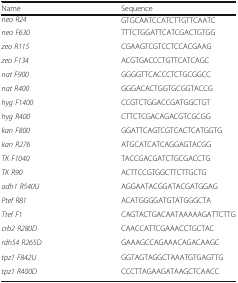
<table><thead><tr><td><b>Name</b></td><td><b>Sequence</b></td></tr></thead><tbody><tr><td><i>neo R24</i></td><td>GTGCAATCCATCTTGTTCAATC</td></tr><tr><td><i>neo F630</i></td><td>TTTCTGGATTCATCGACTGTGG</td></tr><tr><td><i>zeo R115</i></td><td>CGAAGTCGTCCTCCACGAAG</td></tr><tr><td><i>zeo F134</i></td><td>ACGTGACCCTGTTCATCAGC</td></tr><tr><td><i>nat F900</i></td><td>GGGGTTCACCCTCTGCGGCC</td></tr><tr><td><i>nat R400</i></td><td>GGGACACTGGTGCGGTACCG</td></tr><tr><td><i>hyg F1400</i></td><td>CCGTCTGGACCGATGGCTGT</td></tr><tr><td><i>hyg R400</i></td><td>CTTCTCGACAGACGTCGCGG</td></tr><tr><td><i>kan F800</i></td><td>GGATTCAGTCGTCACTCATGGTG</td></tr><tr><td><i>kan R276</i></td><td>ATGCATCATCAGGAGTACGG</td></tr><tr><td><i>TK F1040</i></td><td>TACCGACGATCTGCGACCTG</td></tr><tr><td><i>TK R90</i></td><td>ACTTCCGTGGCTTCTTGCTG</td></tr><tr><td><i>adh1 R540U</i></td><td>AGGAATACGGATACGATGGAG</td></tr><tr><td><i>Ptef R81</i></td><td>ACATGGGGATGTATGGGCTA</td></tr><tr><td><i>Ttef F1</i></td><td>CAGTACTGACAATAAAAAGATTCTTG</td></tr><tr><td><i>crb2 R280D</i></td><td>CAACCATTCGAAACCTGCTAC</td></tr><tr><td><i>rdh54 R265D</i></td><td>GAAAGCCAGAAACAGACAAGC</td></tr><tr><td><i>tpz1 F842U</i></td><td>GGTAGTAGGCTAAATGTGAGTTG</td></tr><tr><td><i>tpz1 R400D</i></td><td>CCCTTAGAAGATAAGCTCAACC</td></tr></tbody></table>